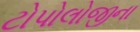
ટોપોલોજીના